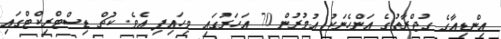
އިންޑިއާގެ ގުޖްރާތުގެ އަންހެނަކު އުމުރުން 70 އަހަރުގައި ވިހައިފި އެވެ. ކުޗް ޑިސްޓްރިކްޓްގައި